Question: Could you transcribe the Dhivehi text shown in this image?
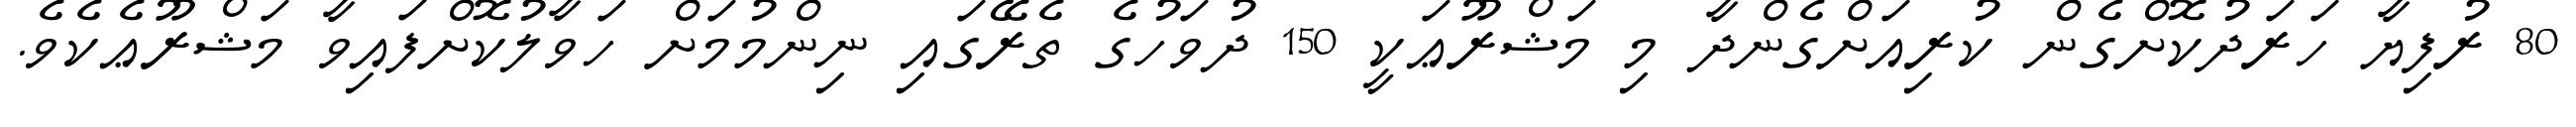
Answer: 80 ރުފިޔާ ހަރަދުކޮށްގެން ކުރިއަށްގެންދާ މި މަޝްރޫޢަކީ 150 ދުވަހުގެ ތެރޭގައި ނިންމުމަށް ހަވާލުކޮށްފައިވާ މަޝްރޫޢެކެވެ.